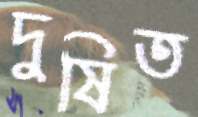
দুষিত